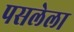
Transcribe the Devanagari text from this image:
पसलेला